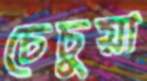
চেচুয়া